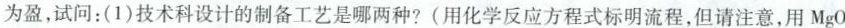
为盈，试问：(1)技术科设计的制备工艺是哪两种?(用化学反应方程式标明流程，但请注意，用MgO